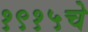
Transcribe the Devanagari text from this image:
१९१५चे